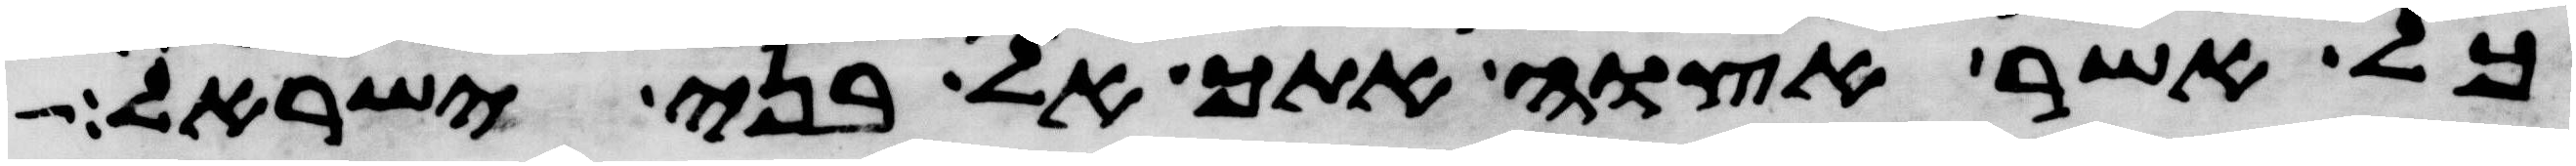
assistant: כל אשר אצוה אתך אל בני ישראל